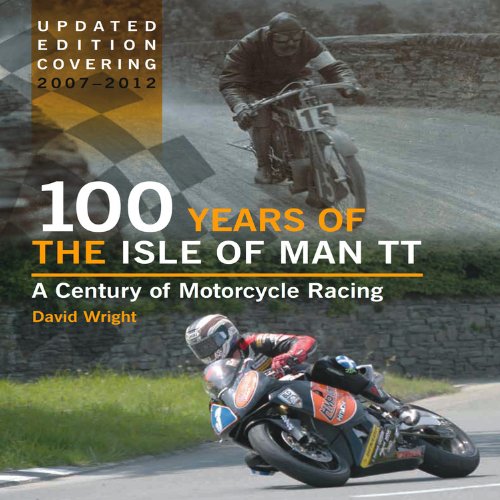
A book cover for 100 Years of the Isle of Man TT: A Century of Motorcycle Racing - Updated Edition covering 2007 - 2012; David Wright; Arts & Photography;